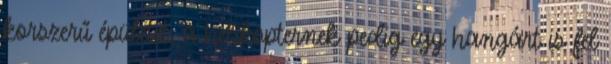
korszerű épületet, a helikopternek pedig egy hangárt is fel